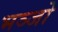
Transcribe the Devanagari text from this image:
भञ्जो